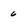
Character: 6